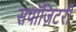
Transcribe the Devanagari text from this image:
सपॉज़िटरी